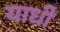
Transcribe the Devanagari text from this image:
याधी